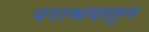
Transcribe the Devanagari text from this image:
पराभवातून